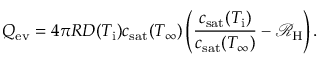
Q _ { \mathrm { e v } } = 4 \pi R { \cal D } ( T _ { \mathrm { i } } ) c _ { \mathrm { s a t } } ( T _ { \infty } ) \left( \frac { c _ { \mathrm { s a t } } ( T _ { \mathrm { i } } ) } { c _ { \mathrm { s a t } } ( T _ { \infty } ) } - \mathcal { R } _ { \mathrm { H } } \right) .